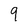
Character: 9